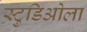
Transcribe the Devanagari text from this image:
स्टुडिओला